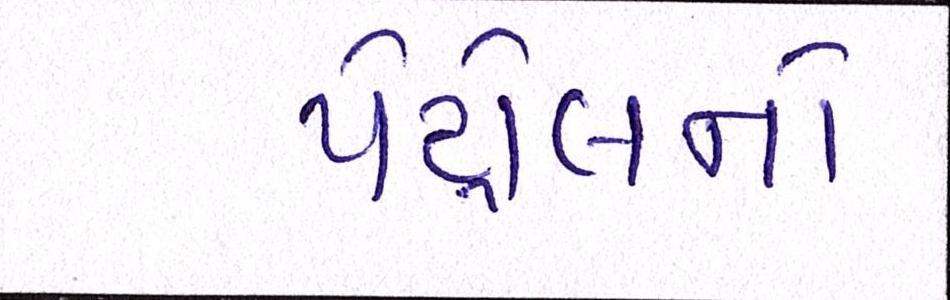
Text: પેટ્રોલનો